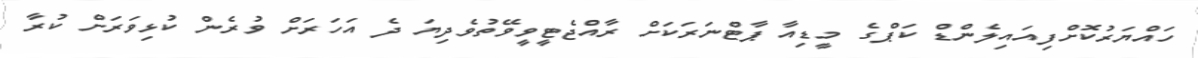
ހައްޔަރުކޮށްފިއައިލެންޑް ކަޕްގެ މީޑިއާ ޕާޓްނަރަކަށް ރާއްޖެޓީވީވޭތުވެދިޔަ ދެ އަހަރަށް ވުރެން ކުޅިވަރަށް ކުރާ